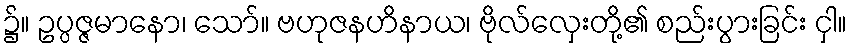
၌။ ဥပ္ပဇ္ဇမာနော၊ သော်။ ဗဟုဇနဟိနာယ၊ ဗိုလ်လှေးတို့၏ စည်းပွားခြင်း ငှါ။